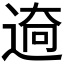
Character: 𮞜